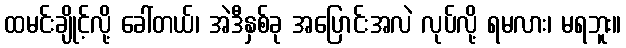
ထမင်းချိုင့်လို့ ခေါ်တယ်၊ အဲဒီနှစ်ခု အပြောင်းအလဲ လုပ်လို့ ရမလား၊ မရဘူး။